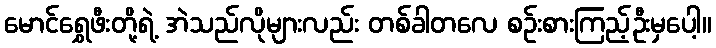
မောင်ရွှေဖီးတို့ရဲ့ အဲသည်လိုများလည်း တစ်ခါတလေ စဉ်းစားကြည့်ဦးမှပေါ့။